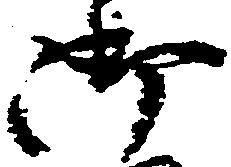
御